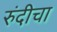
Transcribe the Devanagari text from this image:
रुंदी़चा